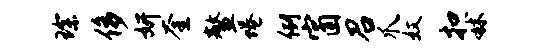
琛侈妍奎鳌蜷例窗召爪奴扣秫